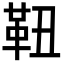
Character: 靵